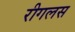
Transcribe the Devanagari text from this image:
रीगलस